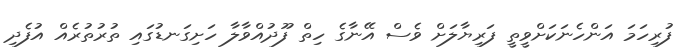
ފުރިހަމަ އަންހެނަކަށްވީތީ ފަރިޔާލަށް ވެސް އޭނާގެ ހިތް ފޫދުއްވާލާ ހަށިގަނޑުގައި ތުރުތުރެއް އުފެދި